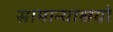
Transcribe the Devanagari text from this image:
सामान्याश्रयों